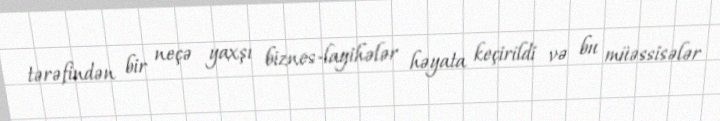
tərəfindən bir neçə yaxşı biznes-layihələr həyata keçirildi və bu müəssisələr